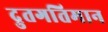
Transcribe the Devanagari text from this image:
द्रुतगतिमान